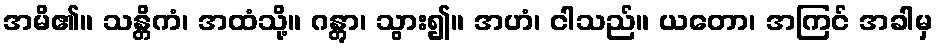
အမိ၏။ သန္တိကံ၊ အထံသို့။ ဂန္တွာ၊ သွား၍။ အဟံ၊ ငါသည်။ ယတော၊ အကြင် အခါမှ